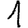
Digit: 1